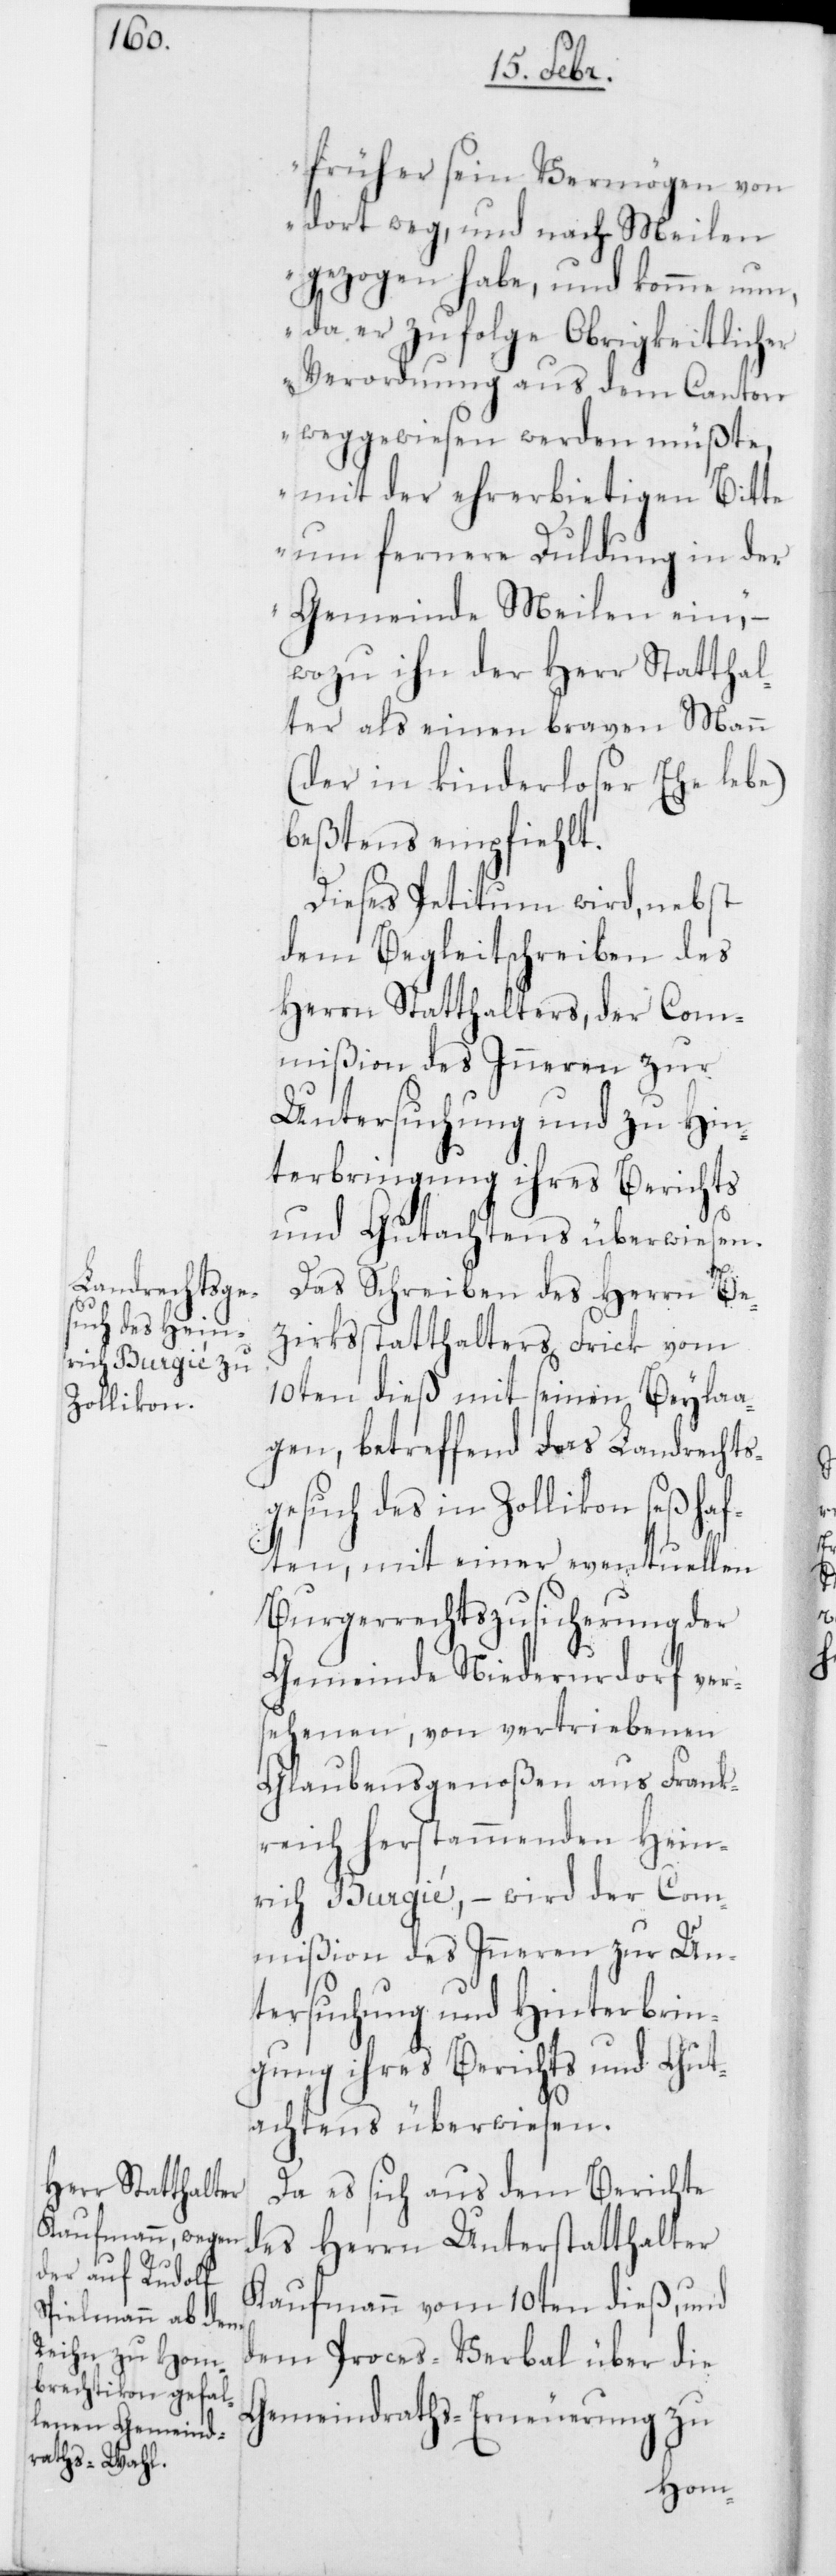
früher sein Vermögen von
dort weg, und nach Meilen
gezogen habe, und komme nun,
da er zufolge Obrigkeitlicher
Verordnung aus dem Canton
weggewiesen werden müßte,
mit der ehrerbietigen Bitte
um fernere Duldung in der
Gemeinde Meilen ein,
wozu ihn der Herr Statthal¬
ter als einen braven Mann
(der in kinderloser Ehe lebe)
beßtens empfiehlt.
Dieses Petitum wird, nebst
dem Begleitschreiben des
Herrn Statthalters, der Com¬
mißion des Inneren zur
Untersuchung und zu Hin¬
terbringung ihres Berichts
und Gutachtens überwiesen.
Das Schreiben des Herrn Be¬
zirksstatthalters Frick vom
10ten dieß mit seinen Beylaa¬
gen, betreffend das Landrechts¬
gesuch des in Zollikon seßhaf¬
ten, mit einer eventuellen
Burgerrechtszusicherung der
Gemeinde Niederurdorf ver¬
sehenen, von vertriebenen
Glaubensgenoßen aus Frank¬
reich herstammenden Hein¬
rich Burgié, – wird der Com¬
mißion des Inneren zur Un¬
tersuchung und Hinterbrin¬
gung ihres Berichts und Gut¬
achtens überwiesen.
Da es sich aus dem Berichte
des Herrn Unterstatthalter
Kaufmann vom 10ten dieß, und
dem Proceßverbal über die
Gemeindraths-Erneuerung zu